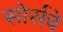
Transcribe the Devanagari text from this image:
सोर्सचे